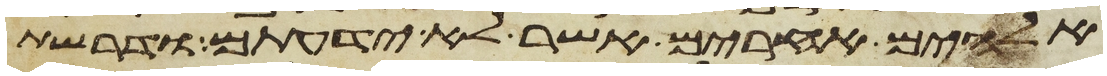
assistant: אלהים אחרים אשר לא ידעתם ודרשת